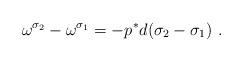
LaTeX: \begin{align*}\omega^{\sigma_2} - \omega^{\sigma_1} = - p^* d(\sigma_2 - \sigma_1)~.\end{align*}